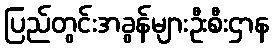
ပြည်တွင်းအခွန်များဦးစီးဌာန